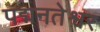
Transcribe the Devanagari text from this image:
पद्मनतेश्वर